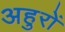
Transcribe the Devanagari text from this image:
अहुरों